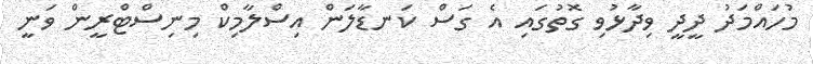
މުހައްމަދު ދީދީީ ވިދާޅުވި ގޮތުގައި އެ ގަސް ކަނޑާލަން އިސްލާމިކް މިނިސްޓްރީން ވަނީ